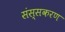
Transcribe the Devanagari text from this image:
संस्सकरण